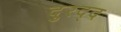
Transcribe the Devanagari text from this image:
दुरद्द